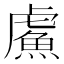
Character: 𫊣